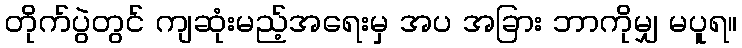
တိုက်ပွဲတွင် ကျဆုံးမည့်အရေးမှ အပ အခြား ဘာကိုမျှ မပူရ။